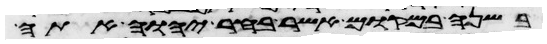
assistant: בשנה במקום אשר בחר יהוה אתה